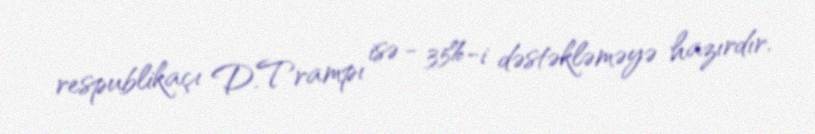
respublikaçı D.Trampı isə - 35%-i dəstəkləməyə hazırdır.